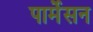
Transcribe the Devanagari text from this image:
पार्मेसन